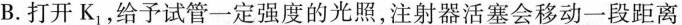
B. 打开K_{1|，给予试管一定强度的光照，注射器活塞会移动一段距离